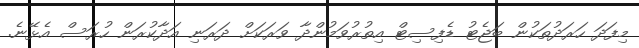
މިފަދަ ހަރަދުތަކުން ބަޖެޓު ޑެފިިިސިޓް އިތުރުވަމުންދާ ވަރަކަށް ދަރަނި އަދާކުރަން ހުރަސް އެޅޭނެ.